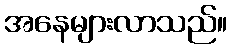
အနေများလာသည်။